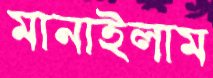
মানাইলাম